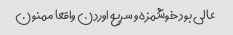
عالی بود خوشمزه و سریع اوردن واقعا ممنون